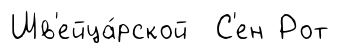
Шв'ейца́рской С'ен Рот